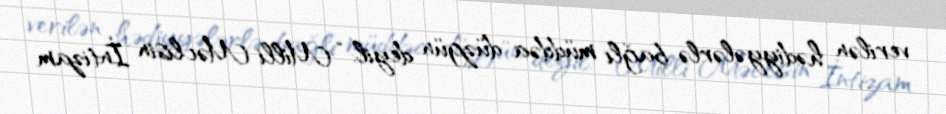
verilən hədiyyələrlə bağlı müddəa düzgün deyil: “Milli Məclisin İntizam